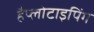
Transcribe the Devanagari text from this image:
हैप्लोटाइपिंग